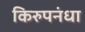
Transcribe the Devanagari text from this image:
किरुपनंधा